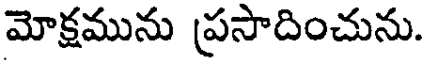
మోక్షమును ప్రసాదించును.